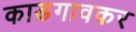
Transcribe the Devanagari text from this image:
काडगावकर